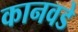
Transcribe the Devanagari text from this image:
कानवडे